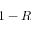
1 - R